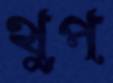
থুপ